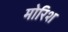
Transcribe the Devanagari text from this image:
मोरिश